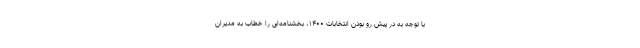
با توجه به در پیش رو بودن انتخابات ۱۴۰۰، بخشنامه‌ای را خطاب به مدیران